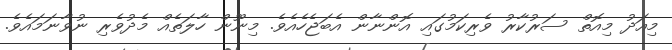
މިއަދު މިއޮތް ސަރުކާރު ވެރިކަމުގައި އޮންނާން އެބަޖެހެއެވެ. މިނޫން ހާލަތެއް މެދުވެރި ނުވާނަމައެވެ.